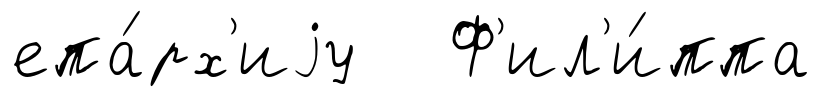
епа́рх'иjу Ф'ил'и́ппа